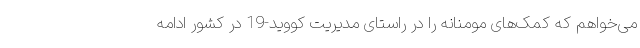
می‌خواهم که کمک‌های مومنانه را در راستای مدیریت کووید-19 در کشور ادامه